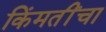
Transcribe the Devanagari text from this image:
किंमतींचा